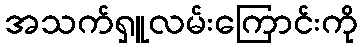
အသက်ရှူလမ်းကြောင်းကို